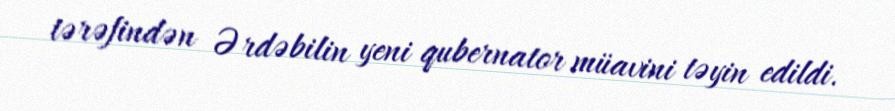
tərəfindən Ərdəbilin yeni qubernator müavini təyin edildi.